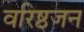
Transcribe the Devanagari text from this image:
वरिष्ठजन